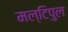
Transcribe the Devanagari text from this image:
मल्टिपुल